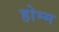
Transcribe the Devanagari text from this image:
होम्म